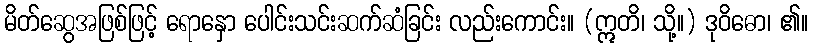
မိတ်ဆွေအဖြစ်ဖြင့် ရောနှော ပေါင်းသင်းဆက်ဆံခြင်း လည်းကောင်း။ (ဣတိ၊ သို့။) ဒုဝိဓော၊ ၏။